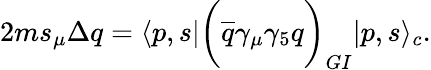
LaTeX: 2ms_{\mu}\Delta q=\langle p,s|\biggl({\overline{{q}}}\gamma_{\mu}\gamma_{5}q\biggr)_{GI}|p,s\rangle_{c}.